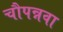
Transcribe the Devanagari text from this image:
चौपन्नवा